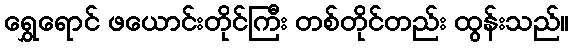
ရွှေရောင် ဖယောင်းတိုင်ကြီး တစ်တိုင်တည်း ထွန်းသည်။